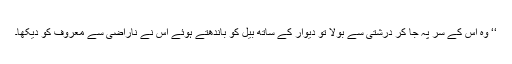
‘‘ وہ اس کے سر پہ جا کر درشتی سے بولا تو دیوار کے ساتھ بیل کو باندھتے ہوئے اس نے ناراضی سے معروف کو دیکھا۔